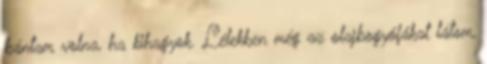
bántam volna, ha kihagyok. Lélekben még az olajbogyófákat látom,